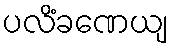
ပလိံခဏေယျ